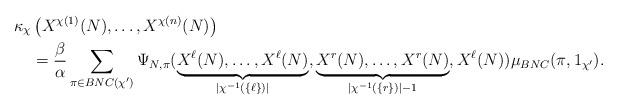
LaTeX: \begin{align*}\kappa_\chi & \left(X^{\chi(1)}(N), \ldots, X^{\chi(n)}(N)\right) \\ &= \frac{\beta}{\alpha} \sum_{\pi \in BNC(\chi')} \Psi_{N, \pi}(\underbrace{X^{\ell}(N), \ldots, X^{\ell}(N)}_{|\chi^{-1}(\{\ell\})| }, \underbrace{X^{r}(N), \ldots, X^{r}(N)}_{|\chi^{-1}(\{r\})|-1 }, X^\ell(N) ) \mu_{BNC}(\pi, 1_{\chi'}).\end{align*}